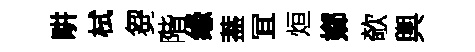
畊栻芻階缘葢冝烜嫏欹輿